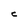
Character: C